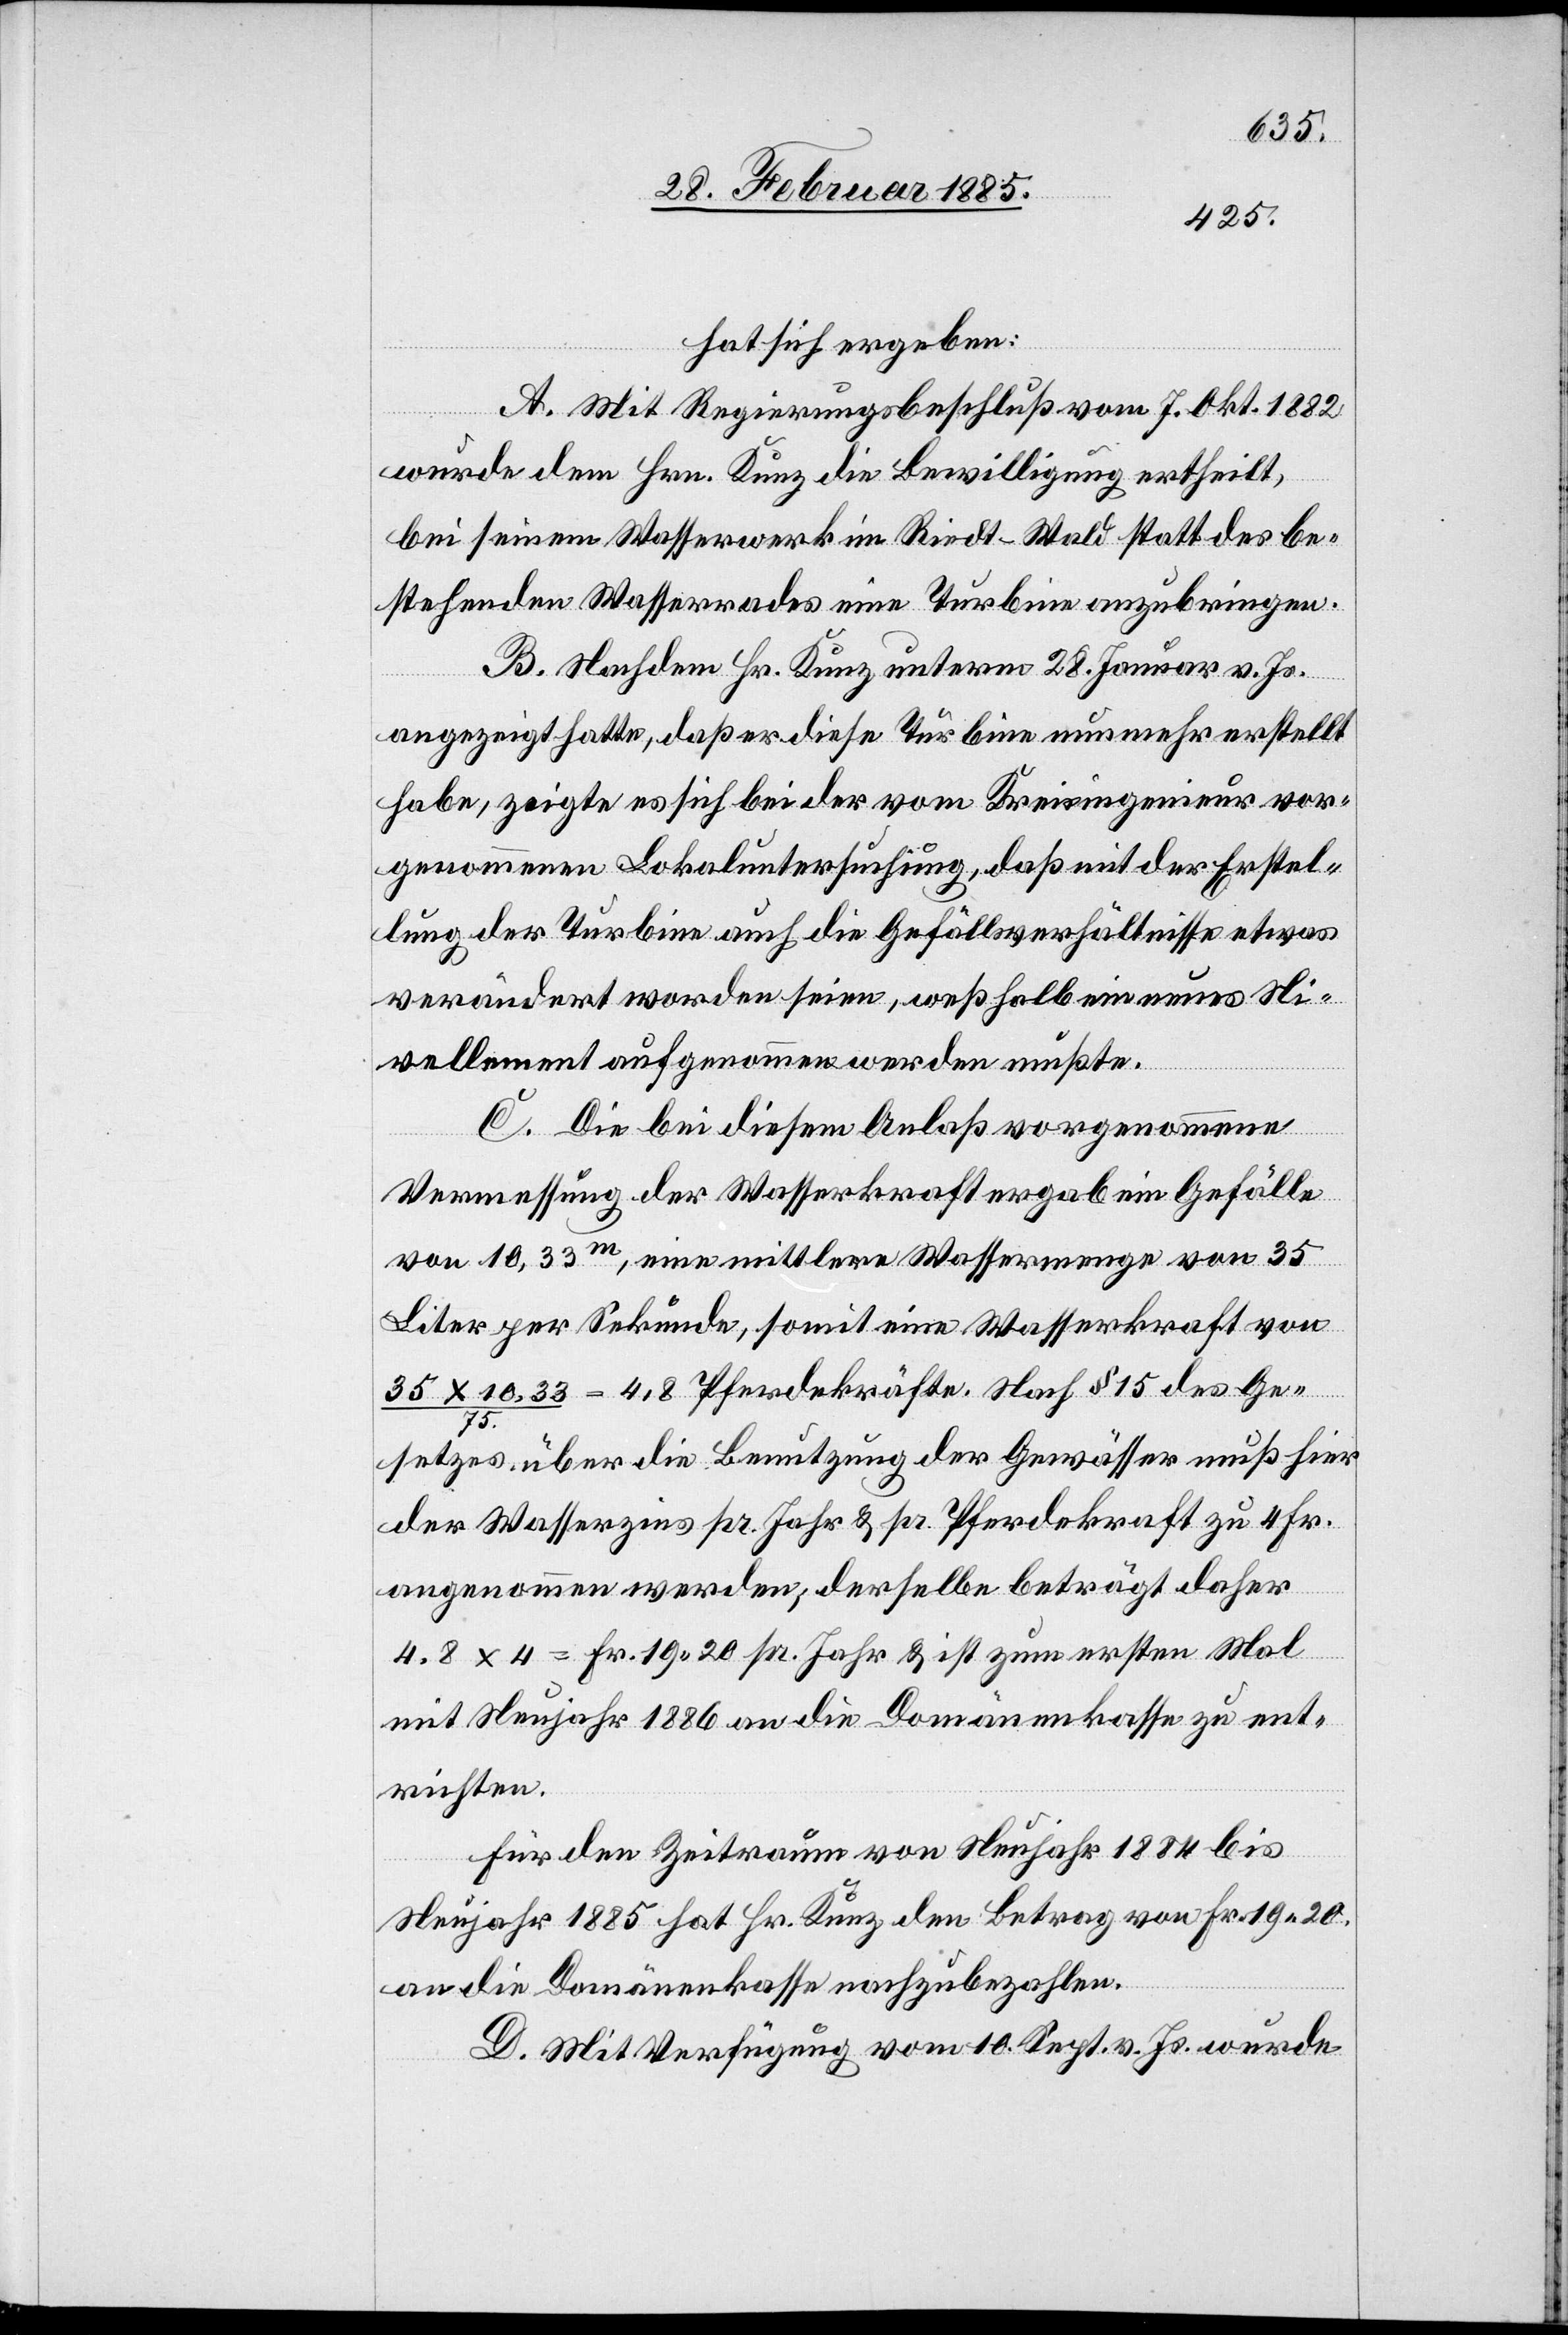
hat sich ergeben:
A. Mit Regierungsbeschluß vom 7. Okt. 1882
wurde dem Hrn. Kunz die Bewilligung ertheilt,
bei seinem Wasserwerk im Riedt - Wald statt des be¬
stehenden Wasserrades eine Turbine anzubringen.
B. Nachdem Hr. Kunz unterm 28. Januar v. Js.
angezeigt hatte, daß er diese Turbine nunmehr erstellt
habe, zeigte es sich bei der vom Kreisingenieur vor¬
genommenen Lokaluntersuchung, daß mit der Erstel¬
lung der Turbine auch die Gefällsverhältnisse etwas
verändert worden seien, weßhalb ein neues Ni¬
vellement aufgenommen werden müßte.
C. Die bei diesem Anlaß vorgenommene
Vermessung der Wasserkraft ergab ein Gefälle
von 10,33m, eine mittlere Wassermenge von 35
Liter per Sekunde, somit eine Wasserkraft von
35 x 10,33 / 75 = 4,8 Pferdekräften. Nach § 15 des Ge¬
setzes über die Benutzung der Gewässer muß hier
der Wasserzins pr. Jahr & pr. Pferdekraft zu 4 Fr.
angenommen werden; derselbe beträgt daher
4.8 x 4 = Fr. 19 20 pr. Jahr & ist zum ersten Mal
mit Neujahr 1886 an die Domänenkasse zu ent¬
richten.
Für den Zeitraum von Neujahr 1884 bis
Neujahr 1885 hat Hr. Kunz den Betrag von Fr. 19 20
an die Domänenkasse nachzubezahlen.
D. Mit Verfügung vom 10. Sept. v. Js. wurde